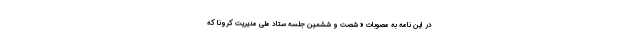
در این نامه به مصوبات « شصت و ششمین جلسه ستاد ملی مدیریت کرونا که